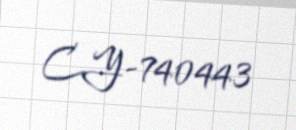
CY-740443